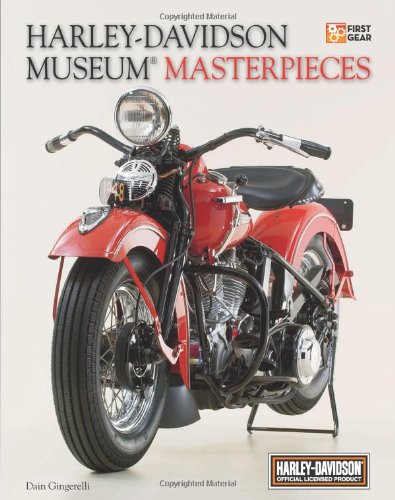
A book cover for Harley-Davidson Museum Masterpieces(R) (First Gear); Dain Gingerelli; Arts & Photography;